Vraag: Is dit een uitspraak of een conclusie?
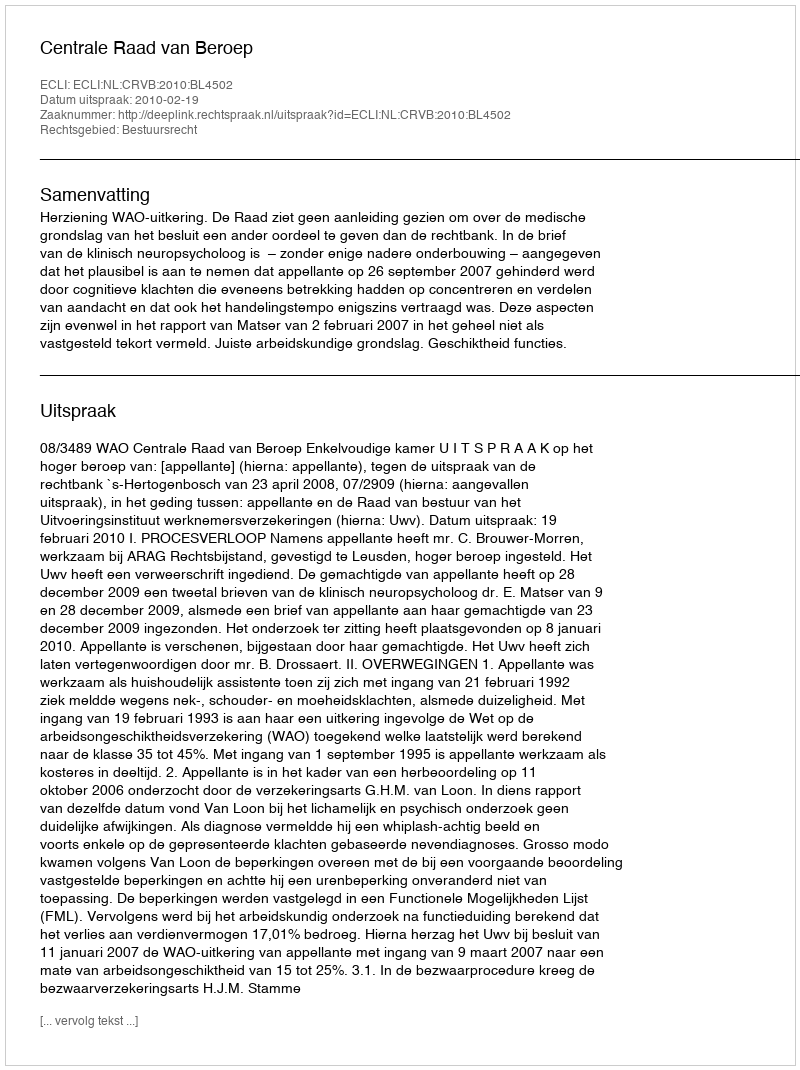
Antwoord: Uitspraak